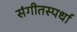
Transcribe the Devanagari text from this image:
संगीतस्पर्धा